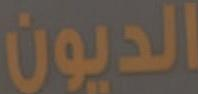
الديون